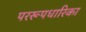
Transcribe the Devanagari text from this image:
पररूपधारिका